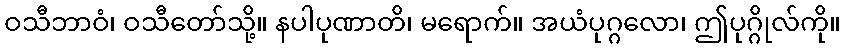
ဝသီဘာဝံ၊ ဝသီတော်သို့။ နပါပုဏာတိ၊ မရောက်။ အယံပုဂ္ဂလော၊ ဤပုဂ္ဂိုလ်ကို။